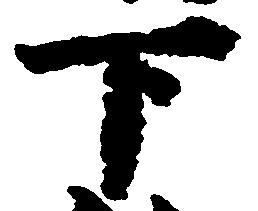
下